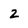
Character: 2